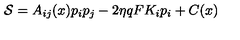
{ \cal S } = A _ { i j } ( x ) p _ { i } p _ { j } - 2 \eta q F K _ { i } p _ { i } + C ( x )